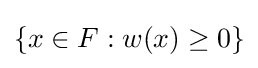
\{x\in F:w(x)\geq 0\}